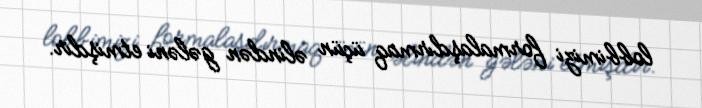
lobbimizi formalaşdırmaq üçün əlindən gələni etmişdir.